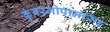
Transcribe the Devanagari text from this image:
कुंवरगोपालसिंह